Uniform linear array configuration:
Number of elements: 32
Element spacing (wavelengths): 0.5
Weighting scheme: binomial
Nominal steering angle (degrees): -45
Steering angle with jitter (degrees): -44.371
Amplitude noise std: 0.05
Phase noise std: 0.05

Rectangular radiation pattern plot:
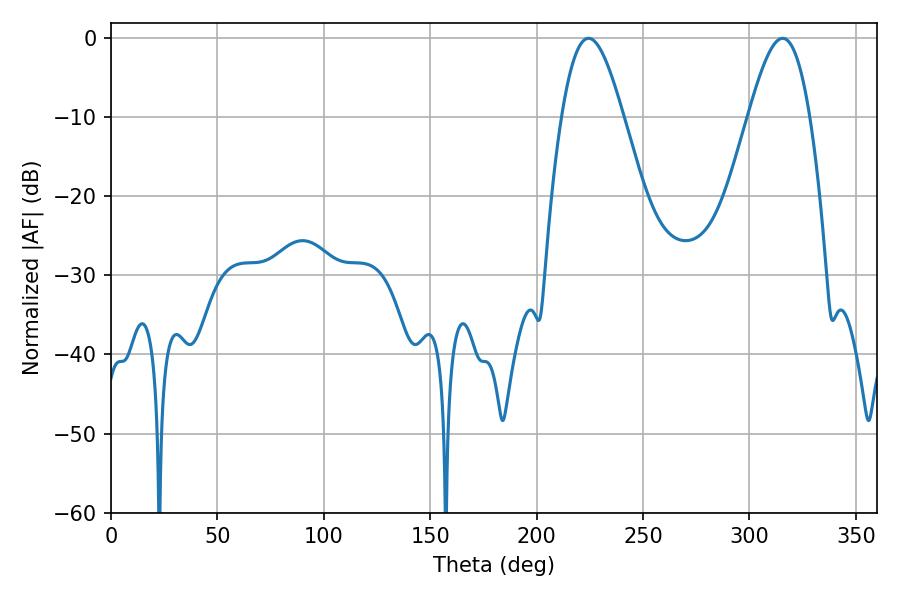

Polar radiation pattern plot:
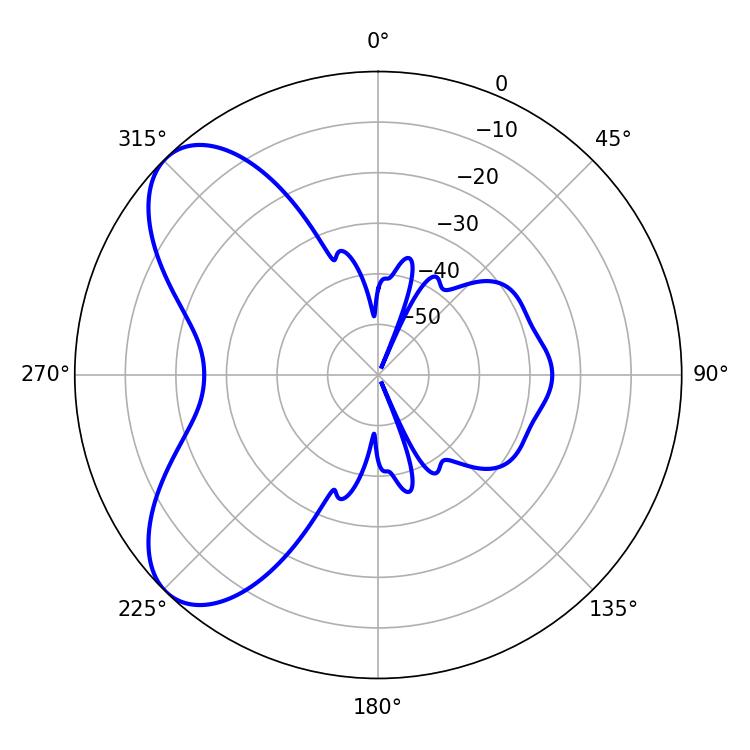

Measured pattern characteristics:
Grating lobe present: FALSE
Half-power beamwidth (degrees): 15.48
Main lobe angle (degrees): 224.46